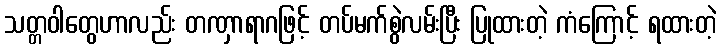
သတ္တဝါတွေဟာလည်း တဏှာရာဂဖြင့် တပ်မက်စွဲလမ်းပြီး ပြုထားတဲ့ ကံကြောင့် ရထားတဲ့